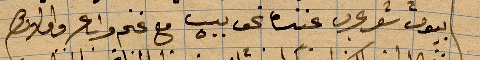
بيوت شعر عرب عنزه نحو بيت مع غنم وراع واملاكهم